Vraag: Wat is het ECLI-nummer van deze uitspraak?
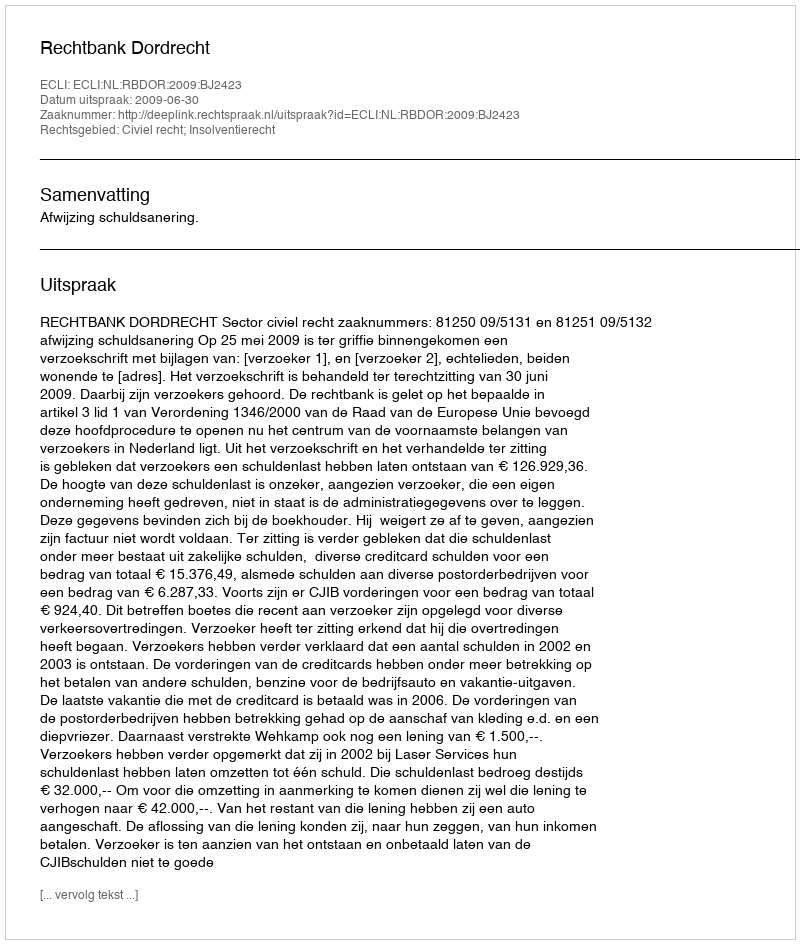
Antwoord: ECLI:NL:RBDOR:2009:BJ2423